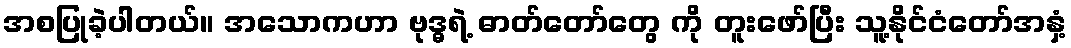
အစပြုခဲ့ပါတယ်။ အသောကဟာ ဗုဒ္ဓရဲ့ ဓာတ်တော်တွေ ကို တူးဖော်ပြီး သူ့နိုင်ငံတော်အနှံ့